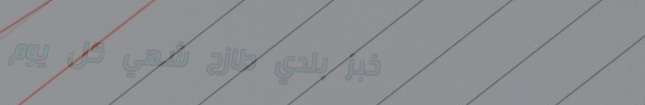
خبز بلدي طازج شهي كل يوم